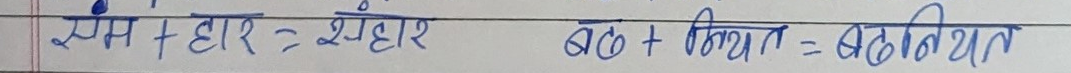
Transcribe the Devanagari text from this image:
स्म+हार= संहार थठ + किया = गठकियात